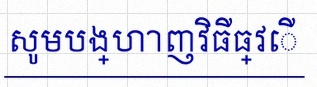
សូមបង្ហាញវិធីធ្វើ